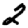
Digit: 2